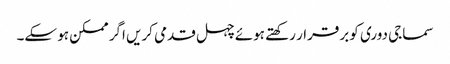
سماجی دوری کو برقرار رکھتے ہوئے چہل قدمی کریں اگر ممکن ہو سکے۔